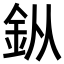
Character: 𨥎